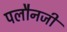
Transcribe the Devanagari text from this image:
पलौनजी